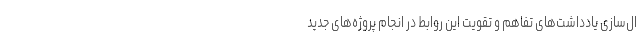
ال‌سازی یادداشت‌های تفاهم و تقویت این روابط در انجام پروژه‌های جدید